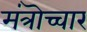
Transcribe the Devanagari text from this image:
मंत्रॊच्चार